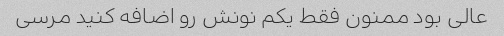
عالی بود ممنون فقط یکم نونش رو اضافه کنید مرسی